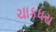
ચાકધરા